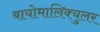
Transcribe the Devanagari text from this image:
बायोमालिक्युलर